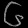
Digit: ၆